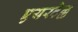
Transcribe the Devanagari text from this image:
एयरटेल्ल